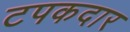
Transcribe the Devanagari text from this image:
टपकदार